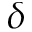
\delta